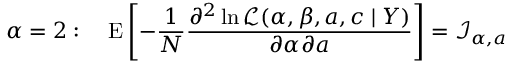
\alpha = 2 : \quad \operatorname { E } \left[ - { \frac { 1 } { N } } { \frac { \partial ^ { 2 } \ln { \mathcal { L } } ( \alpha , \beta , a , c \mid Y ) } { \partial \alpha \partial a } } \right] = { \mathcal { I } } _ { \alpha , a }